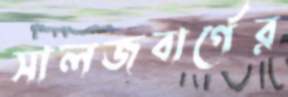
সালজবার্গের